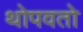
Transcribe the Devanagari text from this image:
थोपवतो